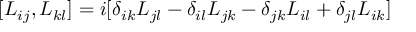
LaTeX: [ L _ { i j } , L _ { k l } ] = i [ \delta _ { i k } L _ { j l } - \delta _ { i l } L _ { j k } - \delta _ { j k } L _ { i l } + \delta _ { j l } L _ { i k } ]